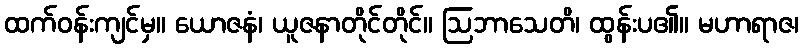
ထက်ဝန်းကျင်မှ။ ယောဇနံ၊ ယူဇနာတိုင်တိုင်။ ဩဘာသေတိ၊ ထွန်းပ၏။ မဟာရာဇ၊